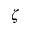
\zeta